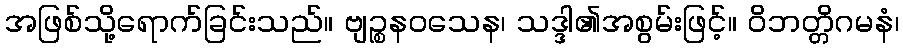
အဖြစ်သို့ရောက်ခြင်းသည်။ ဗျဉ္စနဝသေန၊ သဒ္ဒါ၏အစွမ်းဖြင့်။ ဝိဘတ္တိဂမနံ၊